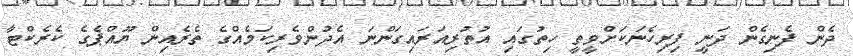
ދެން ފެނިގެން ދަނީ ފިރިހެނަކަށްވީތީ ހިތުގައި އުތުރިއަރައިގަންނަ އެދުންވެރިކަމެއްގެ ތެރެއިން ޔޫއްޕެގެ ކެރެކްޓާ